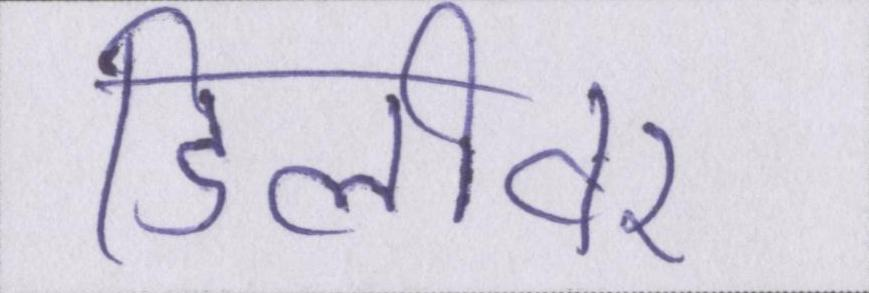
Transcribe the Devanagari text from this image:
डिलीवर